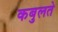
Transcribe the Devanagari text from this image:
कबुलते